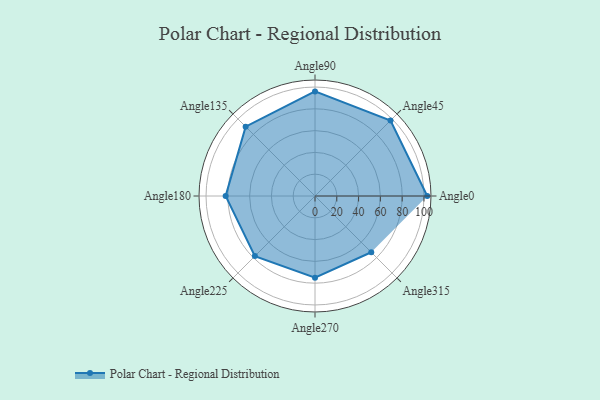
{"axis": {"x": "Angle", "y": "Radius"}, "legend": [""], "data": [{"x": "Angle0", "y": 103.0, "type": ""}, {"x": "Angle45", "y": 98.0, "type": ""}, {"x": "Angle90", "y": 96.0, "type": ""}, {"x": "Angle135", "y": 90.0, "type": ""}, {"x": "Angle180", "y": 82.0, "type": ""}, {"x": "Angle225", "y": 78.0, "type": ""}, {"x": "Angle270", "y": 75.0, "type": ""}, {"x": "Angle315", "y": 73.0, "type": ""}]}